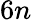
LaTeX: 6n